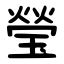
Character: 瑩